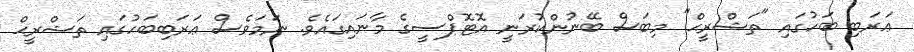
ޢަރަބި ބަހުގައި "ތަޝްރީޙް" މިބަސް ބޭނުންކުރަނީ އޮޓޮޕްސީގެ މާނައިގައެވެ. ނަމަވެސް ޢަރަބިބަހުގައި ތަޝްރީޙް